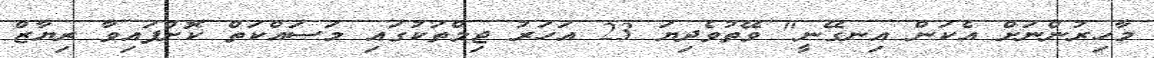
މާހިރުންނަށް އެކަން އިނގޭނީ" ވޭތުވެދިޔަ 23 އަހަރު ޖިމްތަކުގައި މަސައްކަތް ކޮށްފައިވާ ރިޔާޒް